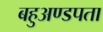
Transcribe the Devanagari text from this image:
बहुअण्डपता